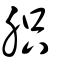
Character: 胑